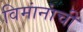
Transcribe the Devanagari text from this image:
विमांनांची